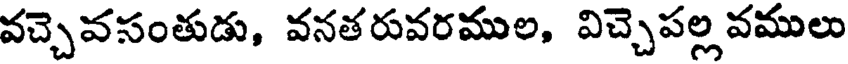
వచ్చెవసంతుడు, వనతరువరముల, విచ్చెపల్ల వములు